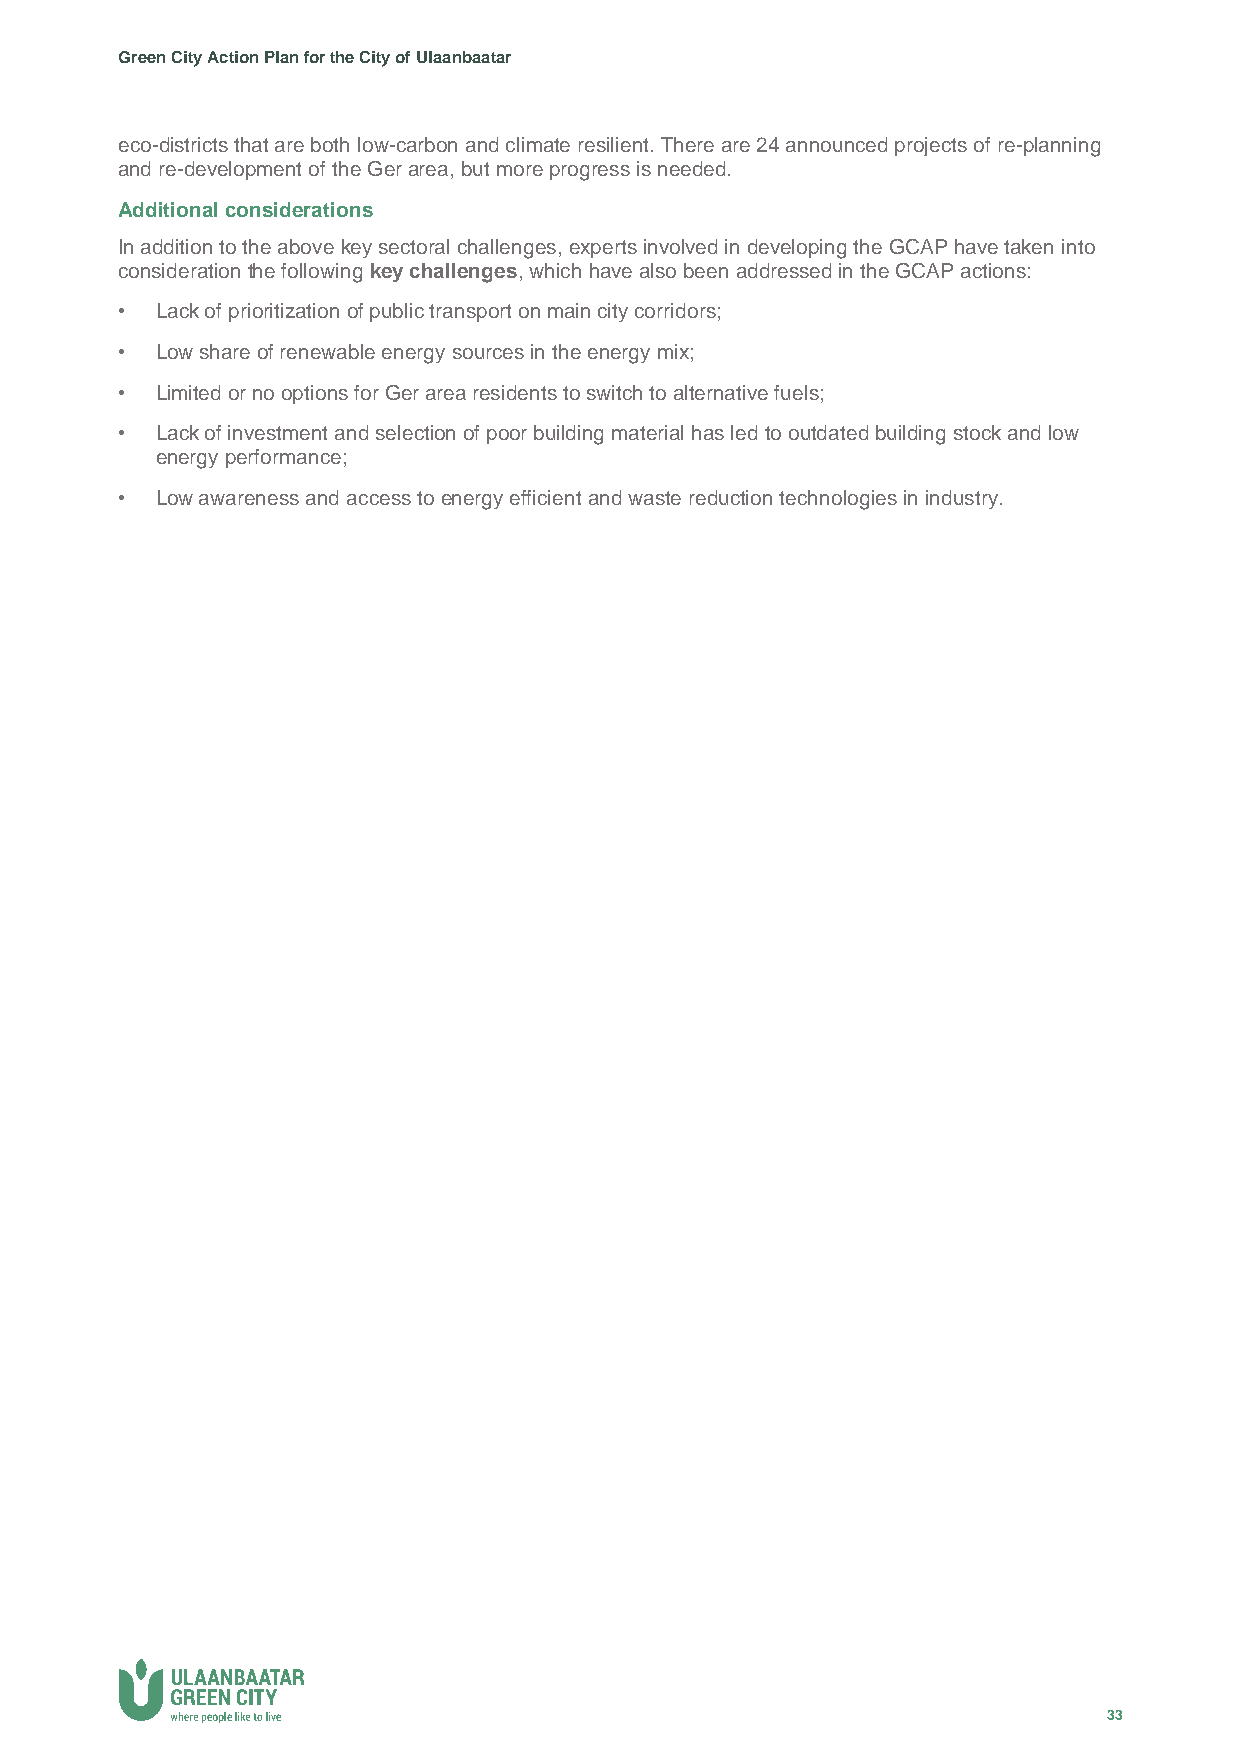
Green City Action Plan for the City of Ulaanbaatar
 eco-districts that are both low-carbon and climate resilient. There are 24 announced projects of re-planning
 and re-development of the Ger area, but more progress is needed.
 Additional considerations
 In addition to the above key sectoral challenges, experts involved in developing the GCAP have taken into
 consideration the following key challenges, which have also been addressed in the GCAP actions:
 • Lack of prioritization of public transport on main city corridors;
 • Low share of renewable energy sources in the energy mix;
 • Limited or no options for Ger area residents to switch to alternative fuels;
 • Lack of investment and selection of poor building material has led to outdated building stock and low
 energy performance;
 • Low awareness and access to energy efficient and waste reduction technologies in industry.
 33